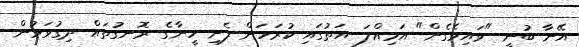
އޭނާ ބުނީ "ވައިވެގެން" އަމިއްލަ އަތުގައި ކުރަހަން ފެށި ހީނާގެ ރޮނގުތައް ދިގުވަމުން